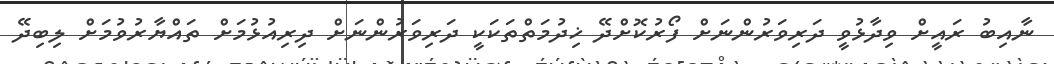
ނާއިބު ރައީށް ވިދާޅުވީ ދަރިވަރުންނަށް ފޯރުކޮށްދޭ ޚިދުމަތްތަކަކީ ދަރިވަރުންނަށް ދިރިއުޅުމަށް ތައްޔާރުވުމަށް ލިބިދޭ